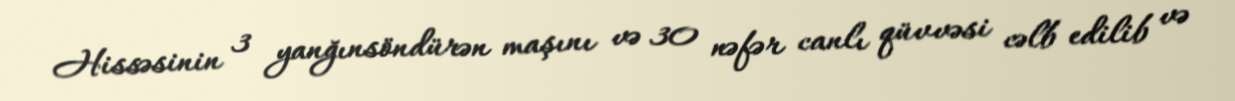
Hissəsinin 3 yanğınsöndürən maşını və 30 nəfər canlı qüvvəsi cəlb edilib və